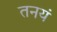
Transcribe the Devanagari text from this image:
तनयं